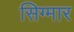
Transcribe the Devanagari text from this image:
सिग्मार